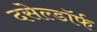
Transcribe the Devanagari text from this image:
दसेल्डॉर्फ